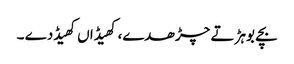
بچے بوہڑ تے چڑھدے، کھیڈاں کھیڈدے ۔